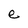
Character: e